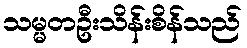
သမ္မတဦးသိန်းစိန်သည်